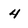
Character: 4